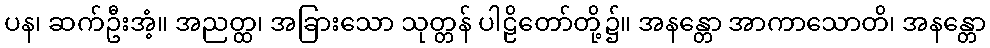
ပန၊ ဆက်ဦးအံ့။ အညတ္ထ၊ အခြားသော သုတ္တန် ပါဠိတော်တို့၌။ အနန္တော အာကာသောတိ၊ အနန္တော